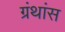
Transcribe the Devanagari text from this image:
ग्रंथांस